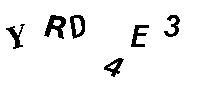
YRD4E3